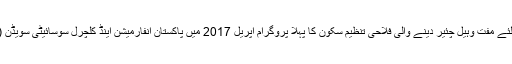
اس کے بعد معذور افراد کے لئے مفت وہیل چئیر دینے والی فلاحی تنظیم سکون کا پہلا پروگرام اپریل 2017 میں پاکستان انفارمیشن اینڈ کلچرل سوسائیٹی سویڈن ( PICS) کے تعاون سے ہوا۔